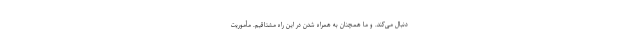
دنبال می‌کند. و ما همچنان به همراه شدن در این راه مشتاقیم. مأموریت